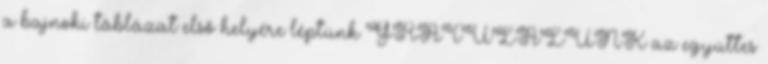
a bajnoki táblázat első helyére léptünk GRATULÁLUNK az együttes